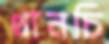
থানচি